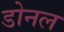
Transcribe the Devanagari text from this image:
डोनल